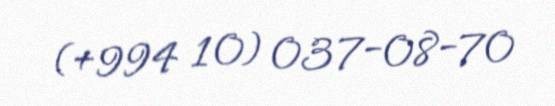
(+994 10) 037-08-70